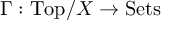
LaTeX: \Gamma : { \mathrm { T o p } } / X \to { \mathrm { S e t s } }